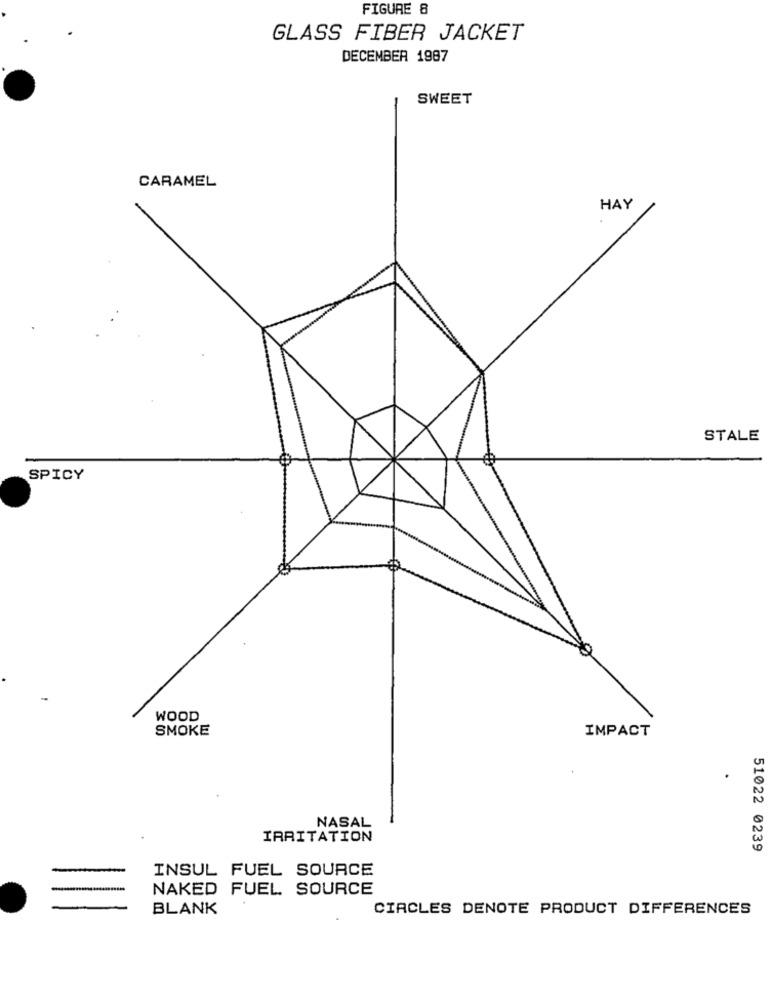
FIGURE 8
GLASS FIBER JACKET
DECEMBER 1987
SWEET
CARAMEL
HAY
STALE
SPICY
WOOD
SMOKE
IMPACT
NASAL
IRRITATION
51022 0239
INSUL FUEL SOURCE
NAKED FUEL. SOURCE
BLANK
CIRCLES DENOTE PRODUCT DIFFERENCES